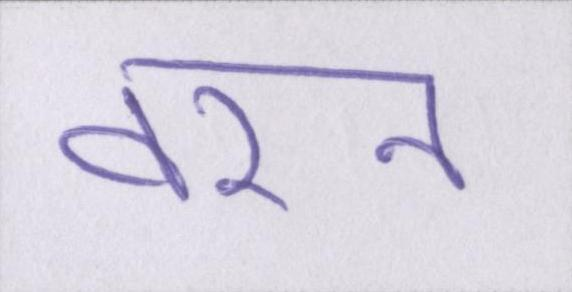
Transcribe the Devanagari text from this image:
वरन